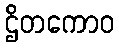
ဌိတကောဝ